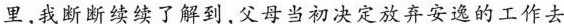
里,我断断续续了解到，父母当初决定放弃安逸的工作去